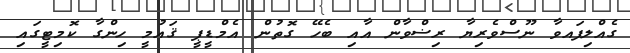
ގެއްލިފައވާ ނޫސްވެރިޔާ ރިޟްވާން އާއި ބެހޭ ގޮތުން އެމްޑީޕީ ޤައުމީ ހިންގާ ކޮމިޓީގައި